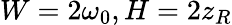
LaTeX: W=2\omega_{0},H=2z_{R}